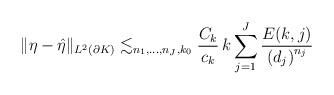
LaTeX: \begin{align*}\Vert \eta - \hat{\eta} \Vert_{L^2(\partial K)}\lesssim_{n_1,\ldots,n_J,k_0}\dfrac{C_k}{c_k} \, k\sum_{j=1}^{J}\dfrac{E(k,j)}{\left( d_j \right)^{n_j}}\end{align*}